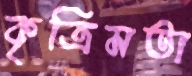
কৃত্রিমতা